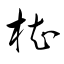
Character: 椥